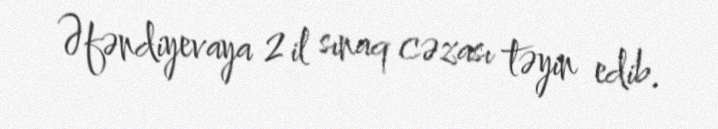
Əfəndiyevaya 2 il sınaq cəzası təyin edib.